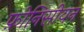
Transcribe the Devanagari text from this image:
फ़ोनिसीयन